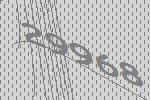
29968